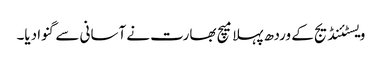
ویسٹئنڈیج کے وردھ پہلا میچ بھارت نے آسانی سے گنوا دیا۔